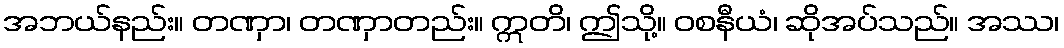
အဘယ်နည်း။ တဏှာ၊ တဏှာတည်း။ ဣတိ၊ ဤသို့။ ဝစနီယံ၊ ဆိုအပ်သည်။ အဿ၊